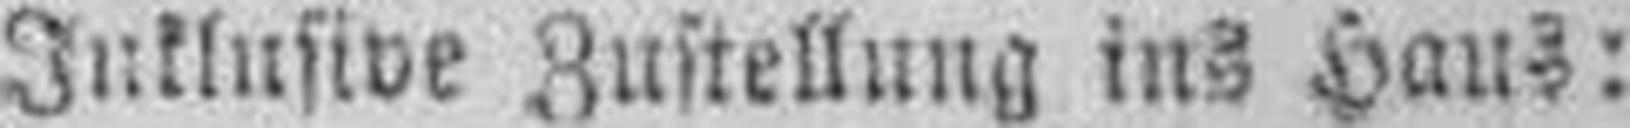
Inklusive Zustellung ins Haus: